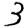
Digit: 3